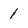
Character: 1